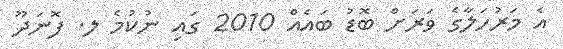
އެ މަރުހަލާގެ ވަރަށް ބޮޑު ބައެއް 2010 ގައި ނުކުމެ ލ. ފޮނަދޫ